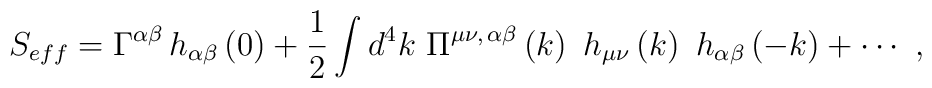
S_{eff}=\Gamma ^{\alpha \beta }\,h_{\alpha \beta }\left(0\right) +\frac 12\int d^4k\ \Pi ^{\mu \nu ,\,\alpha \beta }\left(k\right)\ h_{\mu \nu}\left( k\right) \ h_{\alpha \beta }\left( -k\right) +\cdots \ ,